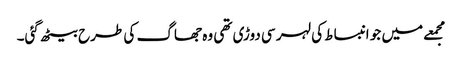
مجمعے میں جو انبساط کی لہر سی دوڑی تھی وہ جھاگ کی طرح بیٹھ گئی۔